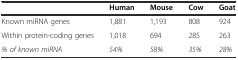
<table><thead><tr><td></td><td><b>Human</b></td><td><b>Mouse</b></td><td><b>Cow</b></td><td><b>Goat</b></td></tr></thead><tbody><tr><td>Known miRNA genes</td><td>1,881</td><td>1,193</td><td>808</td><td>924</td></tr><tr><td>Within protein-coding genes</td><td>1,018</td><td>694</td><td>285</td><td>263</td></tr><tr><td><i>% of known miRNA</i></td><td><i>54%</i></td><td><i>58%</i></td><td><i>35%</i></td><td><i>28%</i></td></tr></tbody></table>